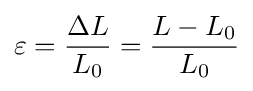
\varepsilon ={\frac {\Delta L}{L_{0}}}={\frac {L-L_{0}}{L_{0}}}